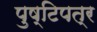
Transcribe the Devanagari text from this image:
पुष्टिपत्र